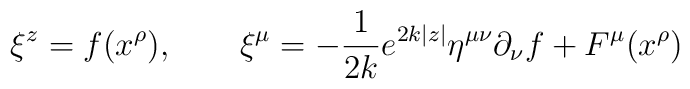
\xi^z = f(x^{\rho}),\qquad\xi^{\mu} = -\frac{1}{2k}e^{2k|z|}\eta^{\mu\nu}\partial_{\nu}f +F^{\mu}(x^{\rho})